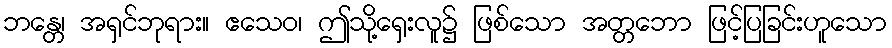
ဘန္တေ၊ အရှင်ဘုရား။ ဧသေဝ၊ ဤသို့ရှေးလူ၌ ဖြစ်သော အတ္တဘော ဖြင့်ပြခြင်းဟူသော